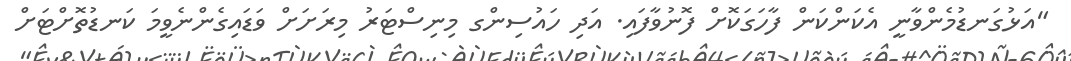
"އަޅުގަނޑުމެންވާނީ އެކަންކަން ފާހަގަކޮށް ފޮނުވާފައި. އަދި ހައުސިންގ މިނިސްޓަރު މިރަށަށް ވަޑައިގެންނެވީމަ ކަނޑުތޮށްޓަށް